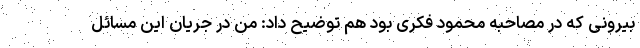
بیرونی که در مصاحبه محمود فکری بود هم توضیح داد: من در جریان این مسائل